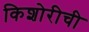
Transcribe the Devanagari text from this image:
किशोरीची